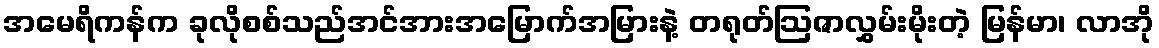
အမေရိကန်က ခုလိုစစ်သည်အင်အားအမြောက်အမြားနဲ့ တရုတ်ဩဇာလွှမ်းမိုးတဲ့ မြန်မာ၊ လာအို